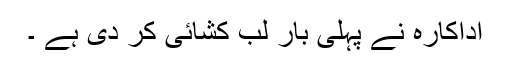
اداکارہ نے پہلی بار لب کشائی کر دی ہے ۔